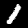
Digit: 1